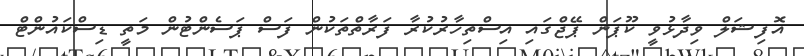
އޮފިޝަލް ވިދާޅުވީ ކޫޕަން ޕޭޖްގައި އިސްތިހާރުކުރާ ފަރާތްތަކުން ފަސް ޕަސެންޓުން މަތީ ޑިސްކައުންޓް